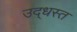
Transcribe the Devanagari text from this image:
उद्‌धस्त